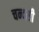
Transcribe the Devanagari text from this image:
चन्दसी